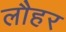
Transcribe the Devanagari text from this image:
लौहर